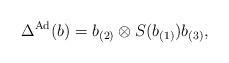
LaTeX: \begin{align*}\Delta ^{\mbox{\scriptsize Ad}}(b) = b_{(2)} \otimes S(b_{(1)}) b_{(3)},\end{align*}